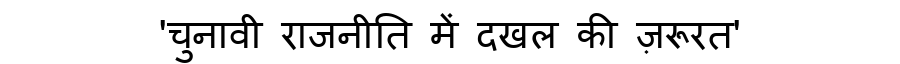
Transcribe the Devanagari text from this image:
'चुनावी राजनीति में दखल की ज़रूरत'